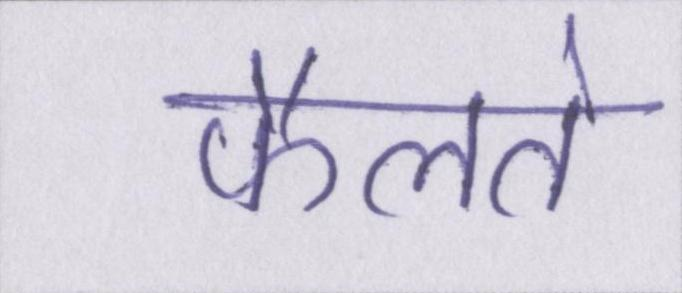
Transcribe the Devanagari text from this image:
फैलते